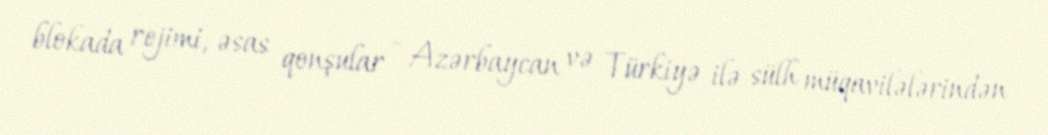
blokada rejimi, əsas qonşular - Azərbaycan və Türkiyə ilə sülh müqavilələrindən